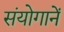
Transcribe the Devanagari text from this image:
संयोगानें